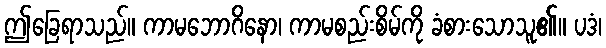
ဤခြေရာသည်။ ကာမဘောဂိနော၊ ကာမစည်းစိမ်ကို ခံစားသောသူ၏။ ပဒံ၊